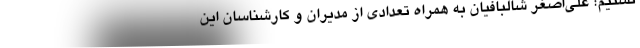
تسنیم؛ علی‌اصغر شالبافیان به همراه تعدادی از مدیران و کارشناسان این